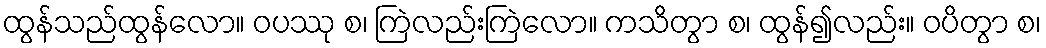
ထွန်သည်ထွန်လော။ ဝပဿု စ၊ ကြဲလည်းကြဲလော။ ကသိတွာ စ၊ ထွန်၍လည်း။ ဝပိတွာ စ၊